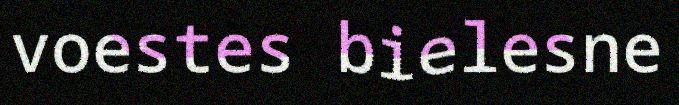
voestes bielesne